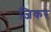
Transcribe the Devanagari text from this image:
ज़िकर